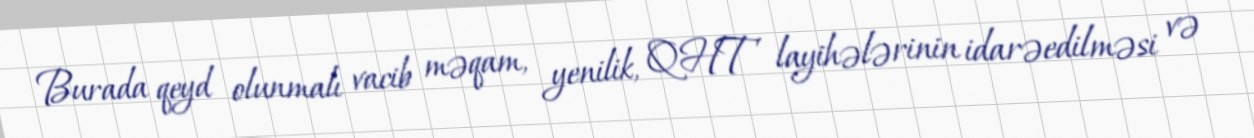
Burada qeyd olunmalı vacib məqam, yenilik, QHT layihələrinin idarəedilməsi və